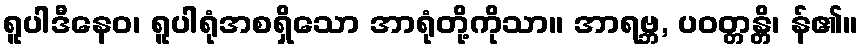
ရူပါဒီနေဝ၊ ရူပါရုံအစရှိသော အာရုံတို့ကိုသာ။ အာရဗ္ဘ, ပဝတ္တန္တိ၊ န်၏။